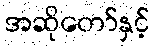
အဆိုတော်နှင့်